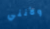
ولأنني